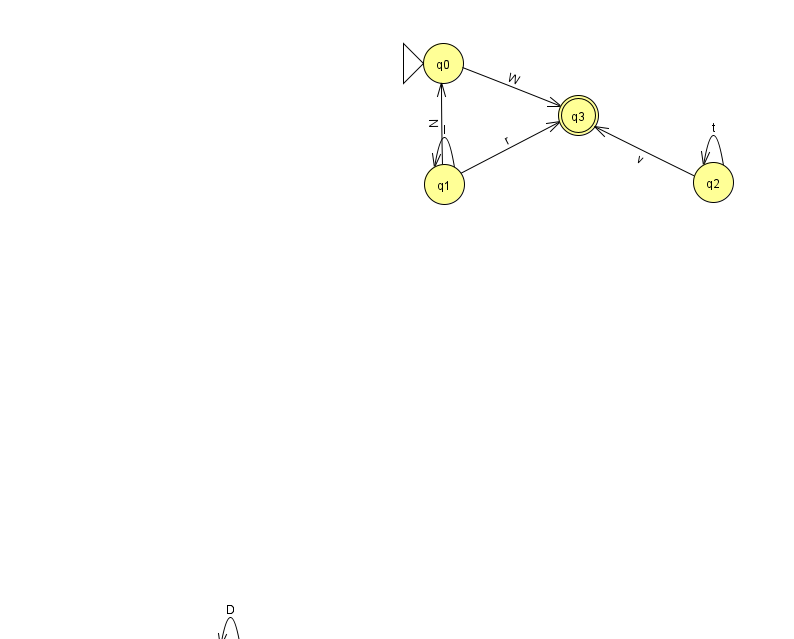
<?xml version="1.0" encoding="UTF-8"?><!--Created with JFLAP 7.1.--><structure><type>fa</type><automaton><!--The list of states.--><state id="0" name="q0"><x>443.0</x><y>50.0</y><initial/></state><state id="1" name="q1"><x>444.0</x><y>171.0</y></state><state id="2" name="q2"><x>713.0</x><y>169.0</y></state><state id="3" name="q3"><x>578.0</x><y>102.0</y><final/></state><state id="4" name="q4"><x>230.0</x><y>651.0</y></state><!--The list of transitions.--><transition><from>2</from><to>3</to><read>v</read></transition><transition><from>1</from><to>3</to><read>r</read></transition><transition><from>2</from><to>2</to><read>t</read></transition><transition><from>4</from><to>4</to><read>D</read></transition><transition><from>0</from><to>3</to><read>W</read></transition><transition><from>1</from><to>0</to><read>N</read></transition><transition><from>1</from><to>1</to><read>l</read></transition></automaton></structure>